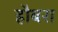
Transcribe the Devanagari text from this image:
हौबरा